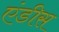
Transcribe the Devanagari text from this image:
एंडीस